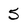
Character: 5